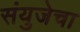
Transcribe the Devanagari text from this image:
संयुजेचा